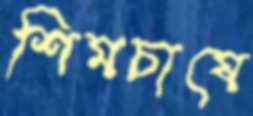
শিমচাষে